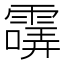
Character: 𩄺